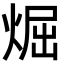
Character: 煀